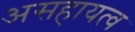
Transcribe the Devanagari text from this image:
असहायत्व